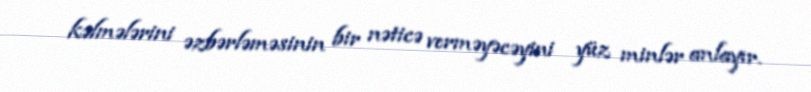
kəlmələrini əzbərləməsinin bir nəticə verməyəcəyini yüz minlər anlayır.